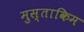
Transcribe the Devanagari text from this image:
मुस्ताकिम